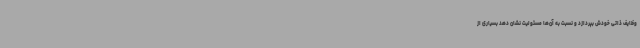
وظایف ذاتی خودش بپردازد و نسبت به آن‌ها مسئولیت نشان دهد بسیاری از